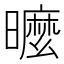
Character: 𣋟